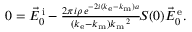
\begin{array} { r } { 0 = \vec { E } _ { 0 } ^ { \mathrm { \, i } } - \frac { 2 \pi i \rho \, e ^ { - 2 i ( k _ { \mathrm { e } } - k _ { \mathrm { m } } ) a } } { ( k _ { \mathrm { e } } - k _ { \mathrm { m } } ) k _ { \mathrm { m } } \, \! \! \, \! \, \, \! \, \, \! \! \, \! \, \, \! \! \, \! \! \, \! \, \, \! \! \, \! \! \, \! \, \, \! \, \, \! \! \, \! \, \, \! \! \, \! \! \, \! \, \, \! \, \, \! \! \, \! \, \, \! \, \, \! \! \, \! \, \, \! \! \, \! \! \, \! \, \, \! \, \, \! \! \, \! \, \, \! \, \, \! \! ^ { 2 } } \, \! \! \, \! \, \, \! \, \, \! \! \, \! \, \, \! \! \, \! \! \, \! \, \, \! \! \, \! \! \, \! \, \, \! \, \, \! \! \, \! \, \, \! \! \, \! \! \, \! \, \, \! \, \, \! \! \, \! \, \, \! \! S ( 0 ) \vec { E } _ { 0 } ^ { \mathrm { \, e } } . } \end{array}